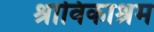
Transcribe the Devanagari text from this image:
श्राविकाश्रम